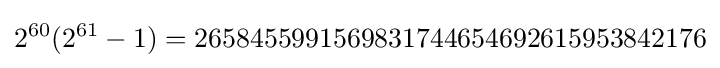
2^{60}(2^{61}-1)=2658455991569831744654692615953842176